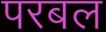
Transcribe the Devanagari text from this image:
परबल